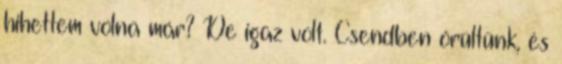
hihettem volna már? De igaz volt. Csendben örültünk, és